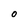
Character: O